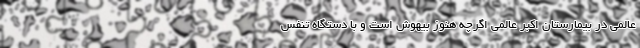
عالمی در بیمارستان اکبر عالمی اگرچه هنوز بیهوش است و با دستگاه تنفس